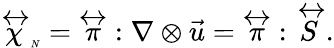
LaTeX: {\stackrel{\leftrightarrow}{\chi}_{\tiny N}}={\stackrel{\leftrightarrow}{\pi}}:\nabla\otimes\vec{u}={\stackrel{\leftrightarrow}{\pi}}:{\stackrel{\leftrightarrow}{S}}.